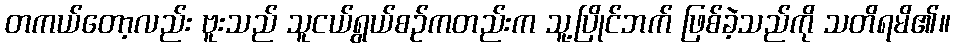
တကယ်တော့လည်း ဗူးသည် သူငယ်ရွယ်စဉ်ကတည်းက သူ့ပြိုင်ဘက် ဖြစ်ခဲ့သည်ကို သတိရမိ၏။